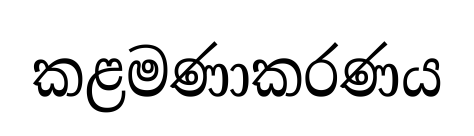
කළමණාකරණය